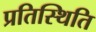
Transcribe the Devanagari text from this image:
प्रतिस्थिति